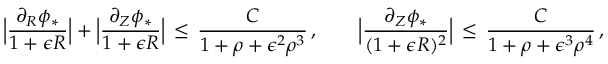
\Bigl | \frac { \partial _ { R } \phi _ { * } } { 1 + \epsilon R } \Bigr | + \Bigl | \frac { \partial _ { Z } \phi _ { * } } { 1 + \epsilon R } \Bigr | \, \le \, \frac { C } { 1 + \rho + \epsilon ^ { 2 } \rho ^ { 3 } } \, , \qquad \Bigl | \frac { \partial _ { Z } \phi _ { * } } { ( 1 + \epsilon R ) ^ { 2 } } \Bigr | \, \le \, \frac { C } { 1 + \rho + \epsilon ^ { 3 } \rho ^ { 4 } } \, ,